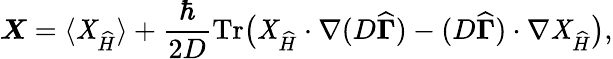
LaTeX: \boldsymbol{\cal\mathit{X}}=\langle{\mathbf{{\mathit{X}}}}_{\widehat{{H}}}\rangle+\frac{\hbar}{{2D}}\operatorname{Tr}\! \big({\mathbf{{\mathit{X}}}}_{{\widehat{{H}}}}\cdot\nabla(D\boldsymbol{\widehat{{\Gamma}}})-(D\boldsymbol{\widehat{{\Gamma}}})\cdot\nabla{\mathbf{{\mathit{X}}}}_{{\widehat{{H}}}}\big),